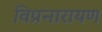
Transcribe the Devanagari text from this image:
विप्रनारायण